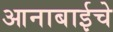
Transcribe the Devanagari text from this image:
आनाबाईचे